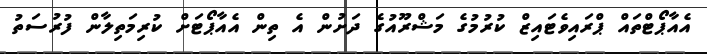
އެއާޕޯޓްތައް ޕްރައިވެޓައިޒް ކުރުމުގެ މަޝްރޫއުގެ ދަށުން އެ ތިން އެއާޕޯޓަށް ކުރިމަތިލާން ފުރުސަތު